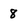
Character: 8